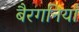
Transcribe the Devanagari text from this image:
बैरगनियाँ